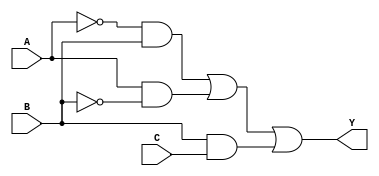
module combinational_logic (
    input wire A,  // Input variable A
    input wire B,  // Input variable B
    input wire C,  // Input variable C
    output wire Y  // Output variable Y
);

// Intermediate signals for minimized logic expression
wire notA;
wire notB;
wire notC;
wire term1, term2, term3;

// Step 1: Algebraic Minimization
// Example minimized expression: Y = A'B + AB' + BC
// This can be derived from the truth table and further minimized using K-map or Quine-McCluskey

// Step 2: Gate Implementation
// NOT gates
not (notA, A);
not (notB, B);
not (notC, C);

// AND gates for terms
and (term1, notA, B);  // A'B
and (term2, A, notB);  // AB'
and (term3, B, C);     // BC

// OR gate for final output
or (Y, term1, term2, term3); // Y = A'B + AB' + BC

endmodule